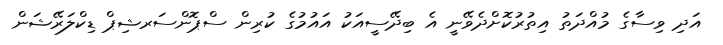
އަދި ވިސާގެ މުއްދަތު އިތުރުކޮށްދެވޭނީ އެ ބިދޭސީއަކު އައުމުގެ ކުރިން ސްޕޮންސަރޝިޕް ޑިކްލަރޭޝަން